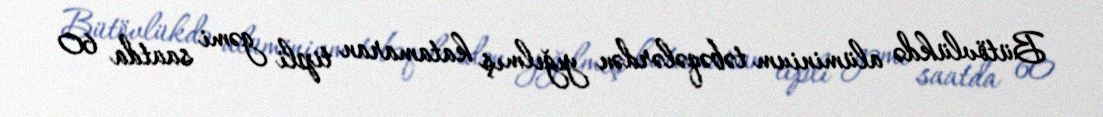
Bütövlükdə alüminium təbəqələrdən yığılmış katamaran tipli gəmi saatda 60